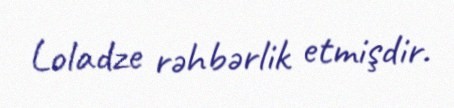
Loladze rəhbərlik etmişdir.